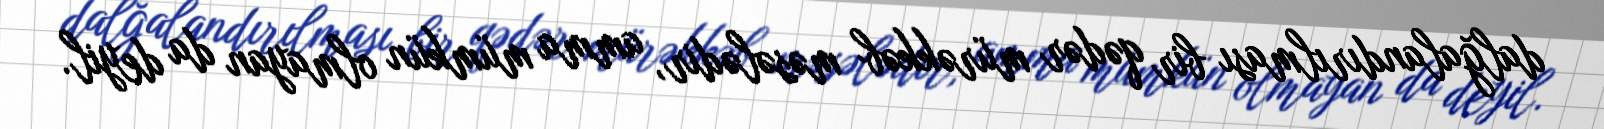
dalğalandırılması bir qədər mürəkkəb məsələdir, amma mümkün olmayan da deyil.